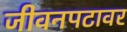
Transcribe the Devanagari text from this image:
जीवनपटावर